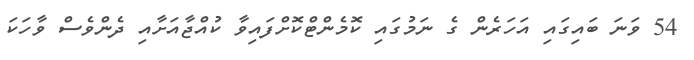
54 ވަނަ ބައިގައި އަހަރެން ގެ ނަމުގައި ކޮމެންޓްކޮށްފައިވާ ކުއްޖާއަށާއި ދެންވެސް ވާހަކަ